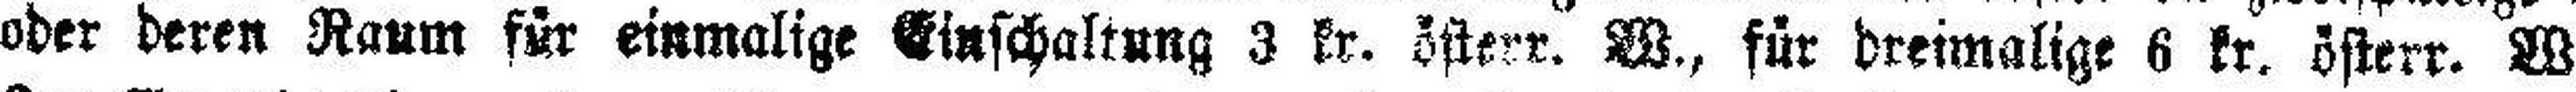
oder deren Raum für einmalige Einschaltung 3 kr. österr. W., für dreimalige 6 kr. österr. W.